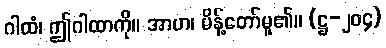
ဂါထံ၊ ဤဂါထာကို။ အာဟ၊ မိန့်တော်မူ၏။ (ဋ္ဌ-၂၀၄)